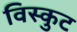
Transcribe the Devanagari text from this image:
विस्कुट